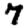
Digit: 7